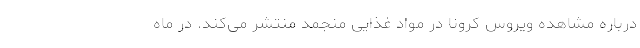
درباره مشاهده ویروس کرونا در مواد غذایی منجمد منتشر می‌کند. در ماه